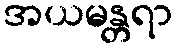
အယမန္တရာ